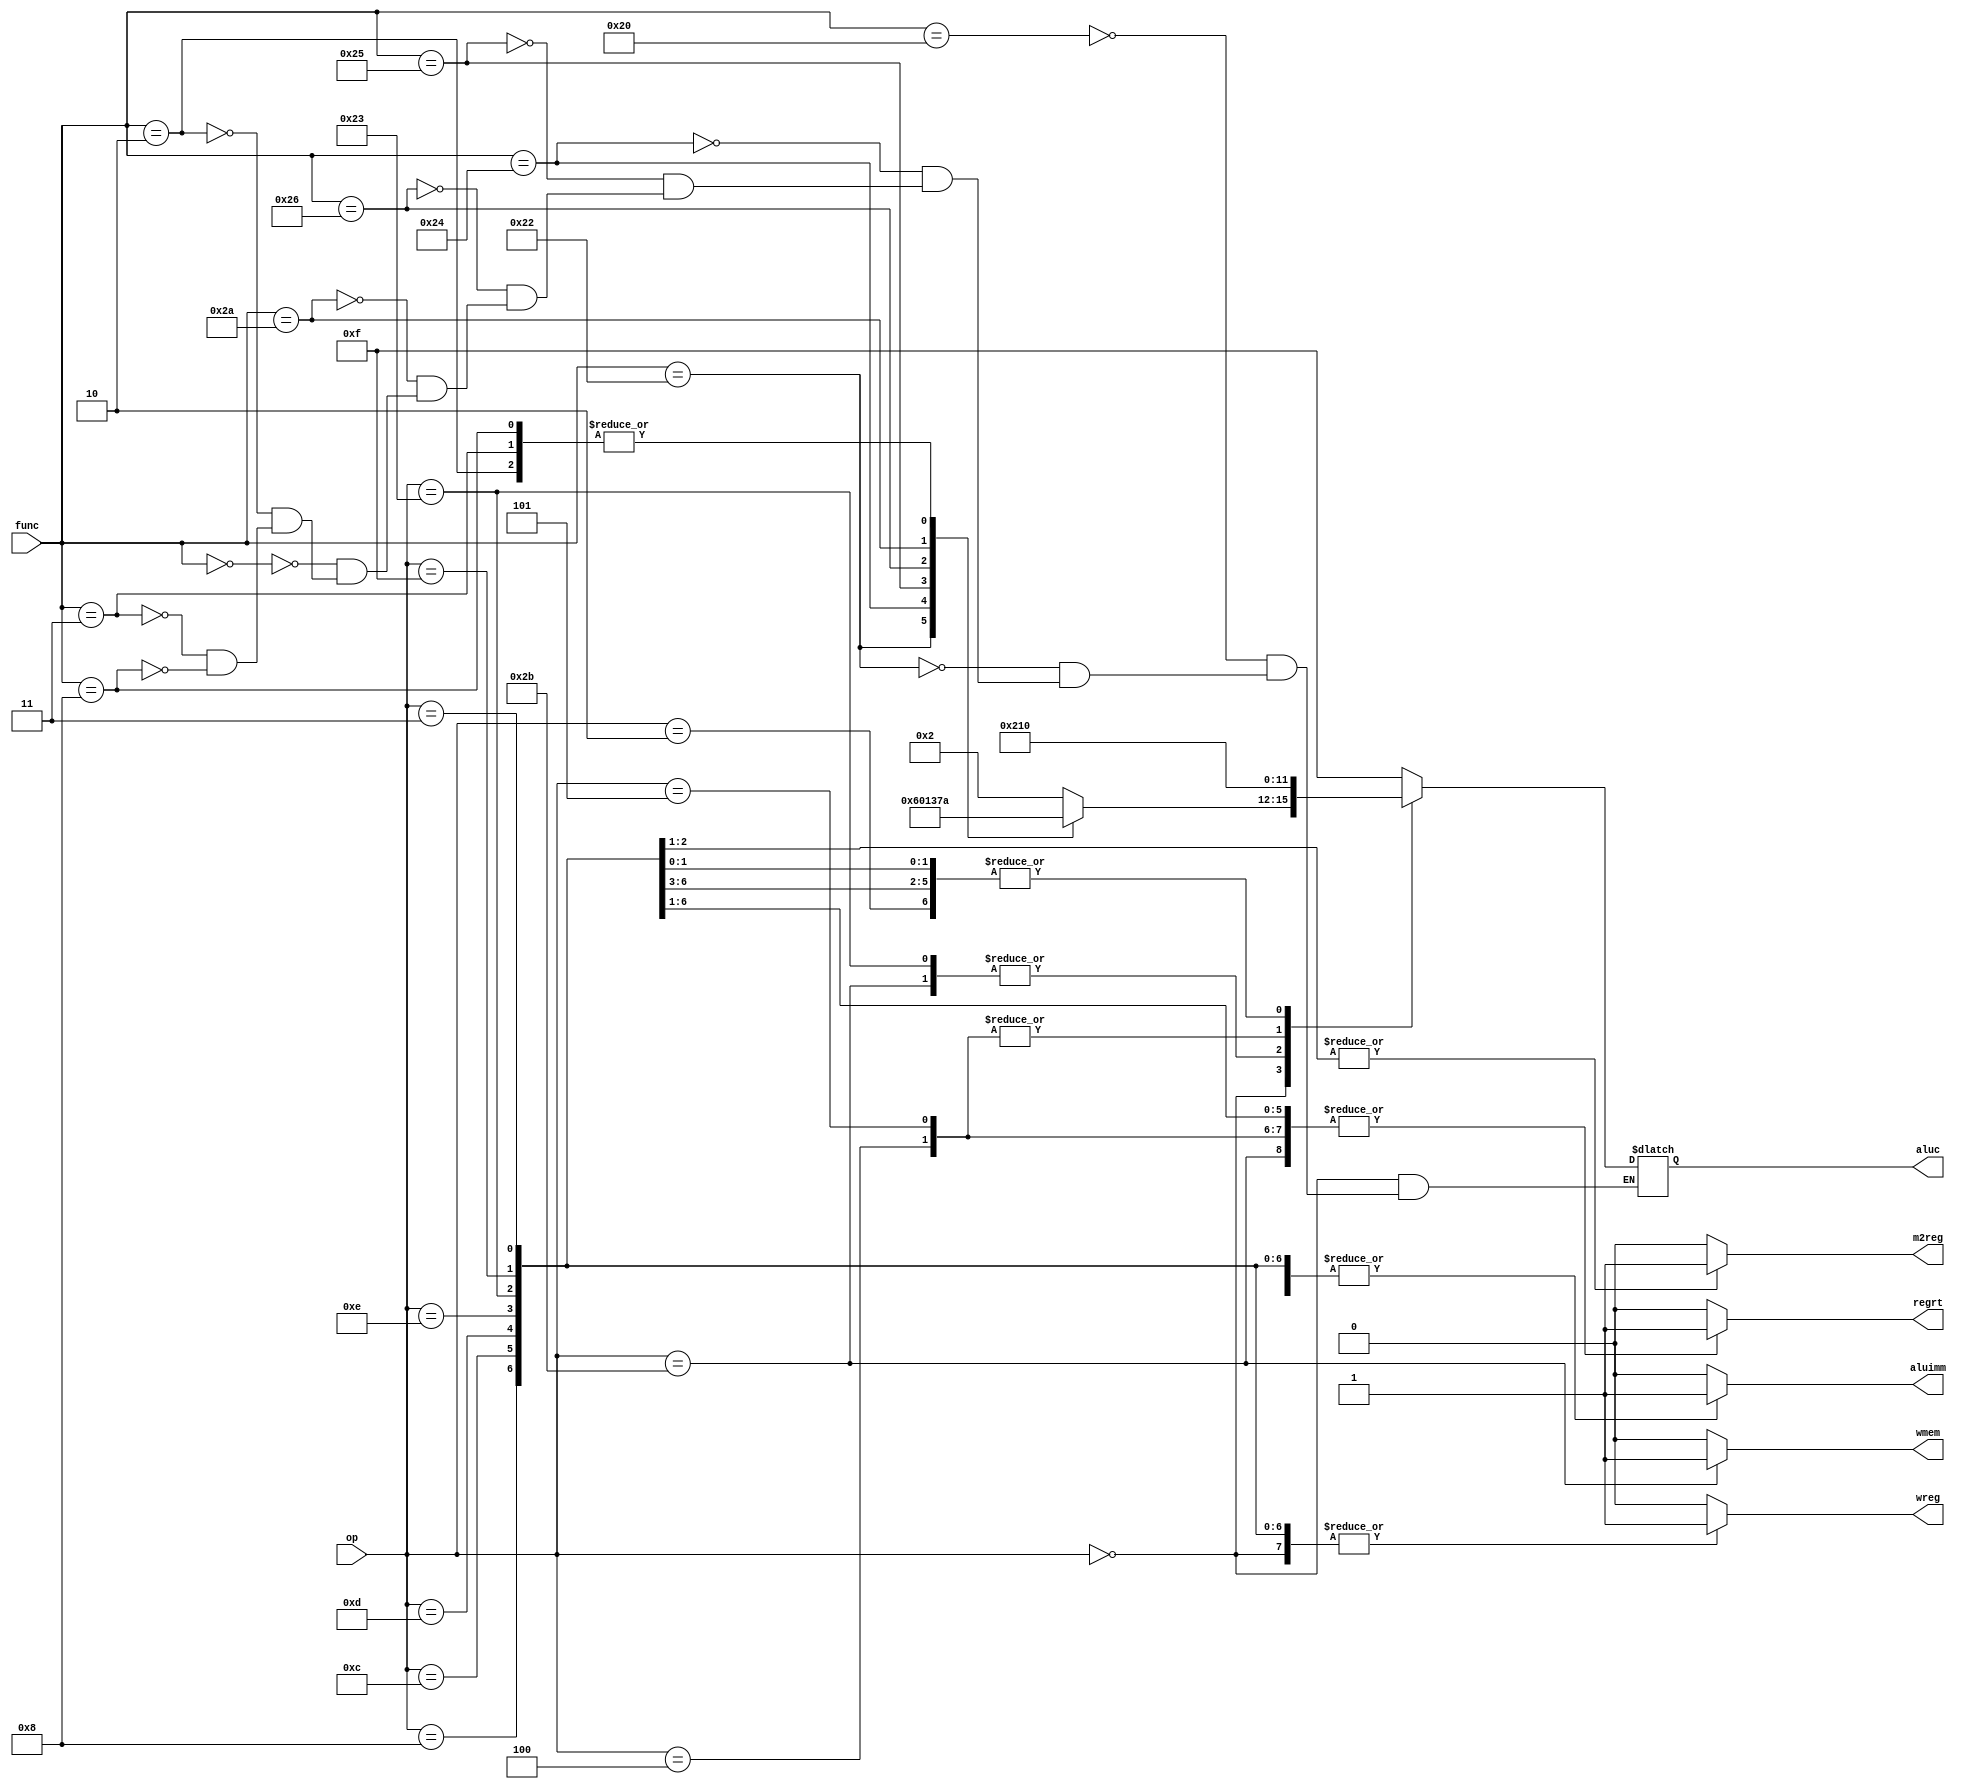
`timescale 1ns / 1ps
//////////////////////////////////////////////////////////////////////////////////
// Company: Pennsylvania State University
// 
// Design Name: 
// Module Name: control_unit
// Project Name: 
// Target Devices: 
// Tool Versions: 
// Description: 
// 
// Dependencies: 
// 
// Revision:
// Revision 0.01 - File Created
// Additional Comments:
// 
//////////////////////////////////////////////////////////////////////////////////


module control_unit(op, func, wreg, m2reg, wmem, aluc, aluimm, regrt);

    input [5:0] op;
    input [5:0] func;
    
    output reg [0:0] m2reg; 
    output reg [0:0] aluimm;
    output reg [0:0] regrt;
    
    output reg [0:0] wreg;
    output reg [0:0] wmem;
    
    output reg [3:0] aluc;
    
    always @ (op, func)
    begin
        case(op)
        6'b000000: //add, sub, and, or, xor, sll, srl, sra, jr
        begin
            m2reg <= 'b0;
            aluimm <= 'b0;
            regrt <= 'b0;
            wreg <= 'b1;
            wmem <= 'b0;
            case(func)
            6'b100000: //add
            begin
                aluc <=4'b0010;
            end
            6'b100010: //sub
            begin
                aluc <=4'b0110;
            end
            6'b100100: //and
            begin
                aluc <=4'b0000;
            end
            6'b100101: //or
            begin
                aluc <=4'b0001;
            end
            6'b100110: //xor
            begin
                aluc <=4'b0011;
            end
            6'b101010: //set on less than
            begin
                aluc <=4'b0111;
            end
            
            6'b000000: //sll
            begin
                aluc <=4'b0010;
            end
            
            6'b000010: //srl
            begin
                aluc <=4'd0010;
            end
            6'b000011: //sra
            begin
                aluc <=4'd0010;
            end
            
            6'b001000: //jr
            begin
                aluc <=4'd0010;
            end
            
            
            endcase
            
        end
        6'b001000: //addi
        begin
            m2reg <= 'b0;
            aluimm <= 'b1;
            regrt <= 'b1;
            wreg <= 'b1;
            wmem <= 'b0;
            aluc <= 'b0;
        end
        6'b001100: //andi
        begin
            m2reg <= 'b0;
            aluimm <= 'b1;
            regrt <= 'b1;
            wreg <= 'b1;
            wmem <= 'b0;
            aluc <= 'b0;
        end
        6'b001101: //ori
        begin
            m2reg <= 'b0;
            aluimm <= 'b1;
            regrt <= 'b1;
            wreg <= 'b1;
            wmem <= 'b0;
            aluc <= 'b0;
        end
        6'b001110: //xori
        begin
            m2reg <= 'b0;
            aluimm <= 'b1;
            regrt <= 'b1;
            wreg <= 'b1;
            wmem <= 'b0;
            aluc <= 'b0;
        end
        6'b100011: //loadword
        begin
            m2reg <= 'b1;
            aluimm <= 'b1;
            regrt <= 'b1;
            wreg <= 'b1;
            wmem <= 'b0;
            aluc <= 'b0010;
        end
        6'b101011: //storeword
        begin
            m2reg <= 'b0;
            aluimm <= 'b1;
            regrt <= 'b1;
            wreg <= 'b0;
            wmem <= 'b1;
            aluc <= 'b0010;
        end
        6'b000100: //beq
        begin
            m2reg <= 'b0;
            aluimm <= 'b1;
            regrt <= 'b1;
            wreg <= 'b0;
            wmem <= 'b0;
            aluc <= 'd1;
        end
        6'b000101: //bne
        begin
            m2reg <= 'b0;
            aluimm <= 'b1;
            regrt <= 'b1;
            wreg <= 'b0;
            wmem <= 'b0;
            aluc <= 'd1;
        end
        6'b001111: //lui
        begin
            m2reg <= 'b1;
            aluimm <= 'b1;
            regrt <= 'b1;
            wreg <= 'b1;
            wmem <= 'b0;
            aluc <= 'b0;
        end
        6'b000010: //j
        begin
            m2reg <= 'b0;
            aluimm <= 'b1;
            regrt <= 'b0;
            wreg <= 'b0;
            wmem <= 'b0;
            aluc <= 'b0;
        end
        6'b000011: //jal
        begin
            m2reg <= 'b0;
            aluimm <= 'b1;
            regrt <= 'b0;
            wreg <= 'b1;
            wmem <= 'b0;
            aluc <= 'b0;
        end
        default:
        begin
            m2reg <= 'b0;
            aluimm <= 'b0;
            regrt <= 'b0;
            wreg <= 'b0;
            wmem <= 'b0;
            aluc <= 'd15; //from the lecture slides (default to 15)
        end
        endcase
    end
endmodule